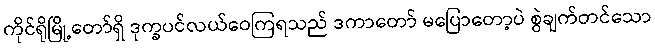
ကိုင်ရိုမြို့တော်ရှိ ဒုက္ခပင်လယ်ဝေကြရသည် ဒကာတော် မပြောတော့ပဲ စွဲချက်တင်သော